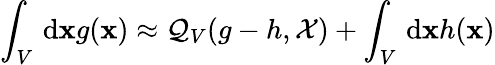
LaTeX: \int_{V}\, \mathrm{d}\mathbf{x}g(\mathbf{x})\approx\mathcal{Q}_{V}(g-h,\mathcal{X})+\int_{V}\, \mathrm{d}\mathbf{x}h(\mathbf{x})